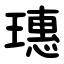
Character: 璤